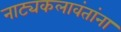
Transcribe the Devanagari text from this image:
नाट्यकलावंतांना